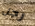
رجل